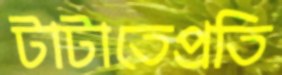
টাটাতেপ্রতি